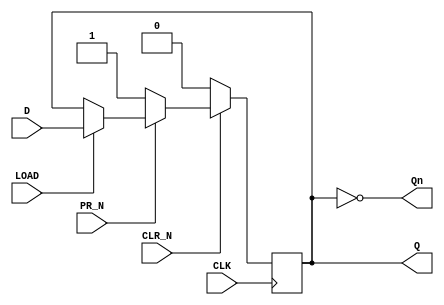
module d_flip_flop(
    input D,
    input CLK,
    input LOAD,
    input CLR_N,
    input PR_N,
    output reg Q,
    output reg Qn
);

always @(posedge CLK) begin
    if (CLR_N == 0) begin
        Q <= 0;
    end else if (PR_N == 0) begin
        Q <= 1;
    end else if (LOAD) begin
        Q <= D;
    end
end

assign Qn = ~Q;

endmodule